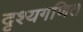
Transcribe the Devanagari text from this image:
दृश्यगणित